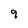
Character: 9